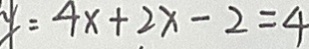
y = 4 x + 2 x - 2 = 4